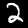
Label: 2